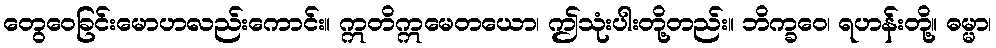
တွေဝေခြင်းမောဟလည်းကောင်း။ ဣတိဣမေတယော၊ ဤသုံးပါးတို့တည်း။ ဘိက္ခဝေ၊ ရဟန်းတို့။ ဓမ္မာ၊